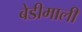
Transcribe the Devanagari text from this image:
बेडीमाली